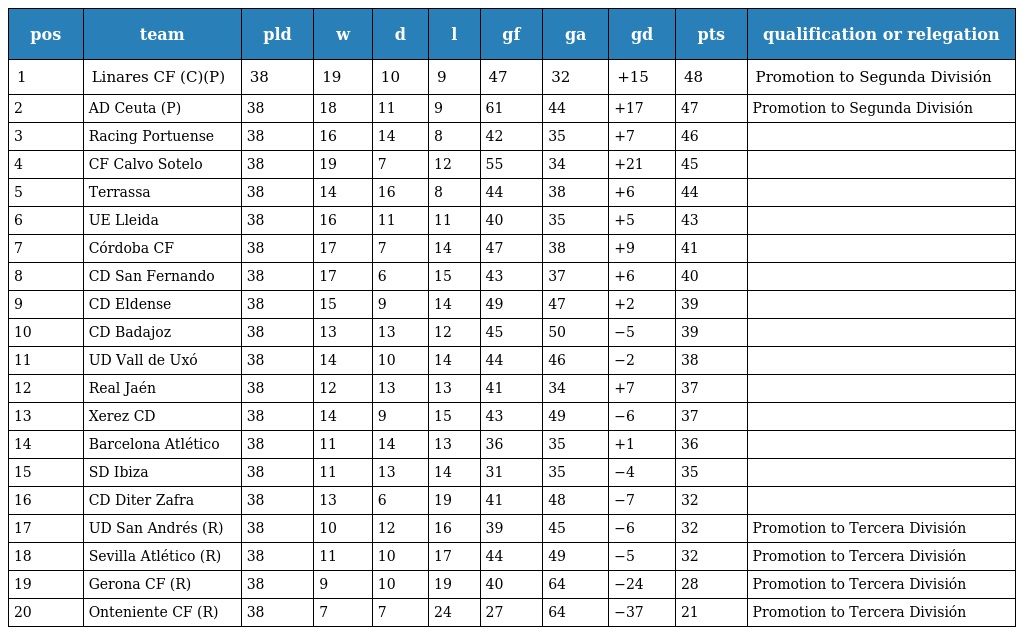
| pos | team | pld | w | d | l | gf | ga | gd | pts | qualification or relegation |
 | --- | --- | --- | --- | --- | --- | --- | --- | --- | --- | --- |
 | 1 | Linares CF (C)(P) | 38 | 19 | 10 | 9 | 47 | 32 | +15 | 48 | Promotion to Segunda División |
 | 2 | AD Ceuta (P) | 38 | 18 | 11 | 9 | 61 | 44 | +17 | 47 | Promotion to Segunda División |
 | 3 | Racing Portuense | 38 | 16 | 14 | 8 | 42 | 35 | +7 | 46 |  |
 | 4 | CF Calvo Sotelo | 38 | 19 | 7 | 12 | 55 | 34 | +21 | 45 |  |
 | 5 | Terrassa | 38 | 14 | 16 | 8 | 44 | 38 | +6 | 44 |  |
 | 6 | UE Lleida | 38 | 16 | 11 | 11 | 40 | 35 | +5 | 43 |  |
 | 7 | Córdoba CF | 38 | 17 | 7 | 14 | 47 | 38 | +9 | 41 |  |
 | 8 | CD San Fernando | 38 | 17 | 6 | 15 | 43 | 37 | +6 | 40 |  |
 | 9 | CD Eldense | 38 | 15 | 9 | 14 | 49 | 47 | +2 | 39 |  |
 | 10 | CD Badajoz | 38 | 13 | 13 | 12 | 45 | 50 | −5 | 39 |  |
 | 11 | UD Vall de Uxó | 38 | 14 | 10 | 14 | 44 | 46 | −2 | 38 |  |
 | 12 | Real Jaén | 38 | 12 | 13 | 13 | 41 | 34 | +7 | 37 |  |
 | 13 | Xerez CD | 38 | 14 | 9 | 15 | 43 | 49 | −6 | 37 |  |
 | 14 | Barcelona Atlético | 38 | 11 | 14 | 13 | 36 | 35 | +1 | 36 |  |
 | 15 | SD Ibiza | 38 | 11 | 13 | 14 | 31 | 35 | −4 | 35 |  |
 | 16 | CD Diter Zafra | 38 | 13 | 6 | 19 | 41 | 48 | −7 | 32 |  |
 | 17 | UD San Andrés (R) | 38 | 10 | 12 | 16 | 39 | 45 | −6 | 32 | Promotion to Tercera División |
 | 18 | Sevilla Atlético (R) | 38 | 11 | 10 | 17 | 44 | 49 | −5 | 32 | Promotion to Tercera División |
 | 19 | Gerona CF (R) | 38 | 9 | 10 | 19 | 40 | 64 | −24 | 28 | Promotion to Tercera División |
 | 20 | Onteniente CF (R) | 38 | 7 | 7 | 24 | 27 | 64 | −37 | 21 | Promotion to Tercera División |